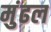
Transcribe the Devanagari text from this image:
मुंढल